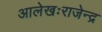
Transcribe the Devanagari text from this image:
आलेखःराजेन्द्र